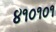
૪૧૦૧૦૧